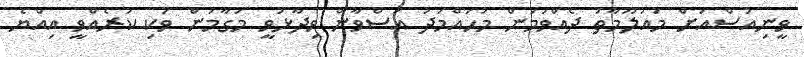
ވީނިއުސްއަށް މައުލޫމާތު ދެއްވަމުން މުހައްމަދު އަސްވާން ވިދާޅުވީ މަގާމުން ވަކި ކުރެއްވީ އިއްޔެ